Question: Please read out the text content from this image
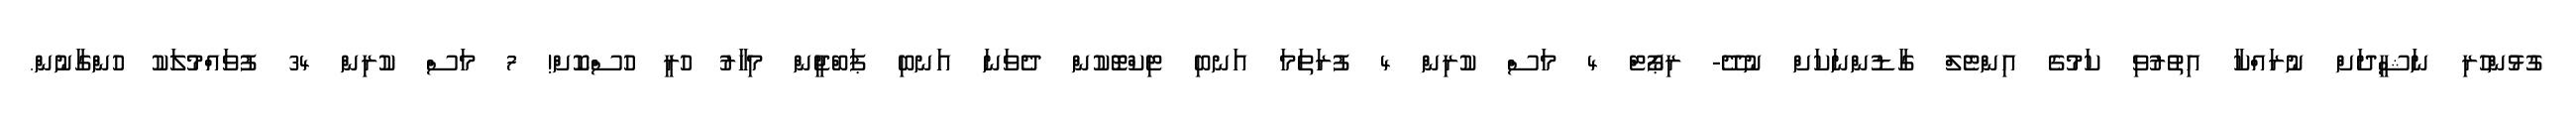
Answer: ގުޅުންހުރި ނަޝީދަށް ނުރައްކާ އިތުރުވި ކަމުގެ އިންޓެލް ގާޑުންނަކަށް ނުދޭ- ރިޕޯޓް 4 މަސް ކުރިން 4 ފުރަތަމަ އަނބި ޓިކްޓޮކުން ދެވަނަ އަނބި ޕަބްޖީން މިހާރު ހުރީ ހުސްކޮށް! 7 މަސް ކުރިން 34 ފުވައްމުލަކު ހުންގާނުން.